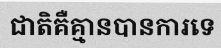
ជាតិគឺគ្មានបានការទេ